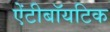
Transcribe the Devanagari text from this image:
ऐंटीबॉयटिक